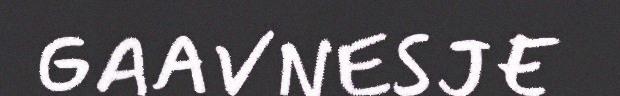
GAAVNESJE